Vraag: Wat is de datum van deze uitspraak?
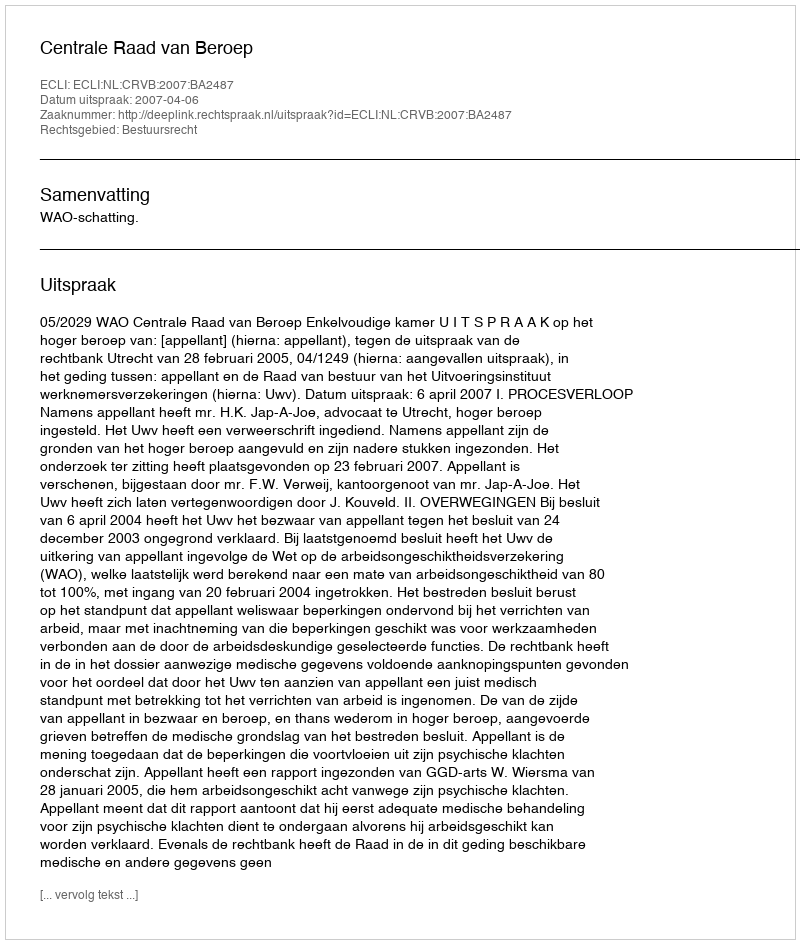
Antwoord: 2007-04-06